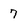
Character: 7